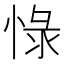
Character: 𱞩